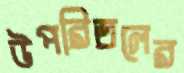
উপরিতলের